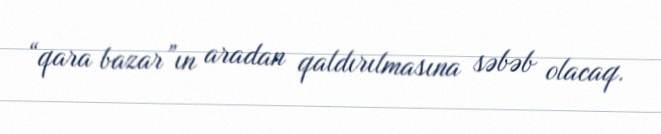
“qara bazar”ın aradan qaldırılmasına səbəb olacaq.